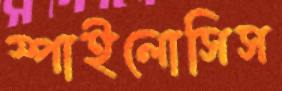
স্পাইলোসিস